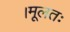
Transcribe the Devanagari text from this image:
।मूलतः